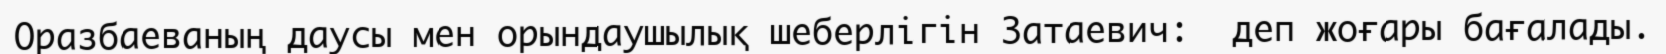
Оразбаеваның даусы мен орындаушылық шеберлігін Затаевич:  деп жоғары бағалады.